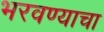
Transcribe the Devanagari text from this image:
भरवण्याचा